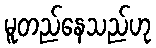
မူတည်နေသည်ဟု